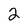
Character: 2